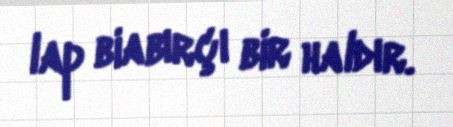
lap biabırçı bir haldır.